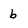
Character: b